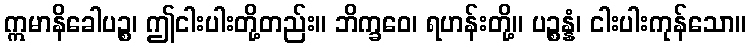
ဣမာနိခေါပဉ္စ၊ ဤငါးပါးတို့တည်း။ ဘိက္ခဝေ၊ ရဟန်းတို့။ ပဉ္စန္နံ၊ ငါးပါးကုန်သော။